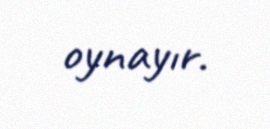
oynayır.